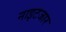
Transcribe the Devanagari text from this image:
नाइटजार